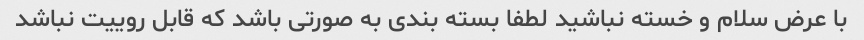
با عرض سلام و خسته نباشید لطفا بسته بندی به صورتی باشد که قابل روییت نباشد